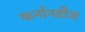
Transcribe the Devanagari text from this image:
फर्नानडीज